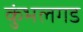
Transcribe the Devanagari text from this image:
कुंभलगड